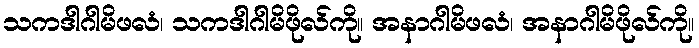
သကဒါဂါမိဖလံ၊ သကဒါဂါမိဖိုလ်ကို။ အနာဂါမိဖလံ၊ အနာဂါမိဖိုလ်ကို။